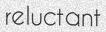
reluctant